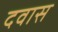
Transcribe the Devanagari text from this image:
दवास